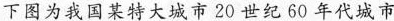
下图为我国某特大城市20世纪60年代城市